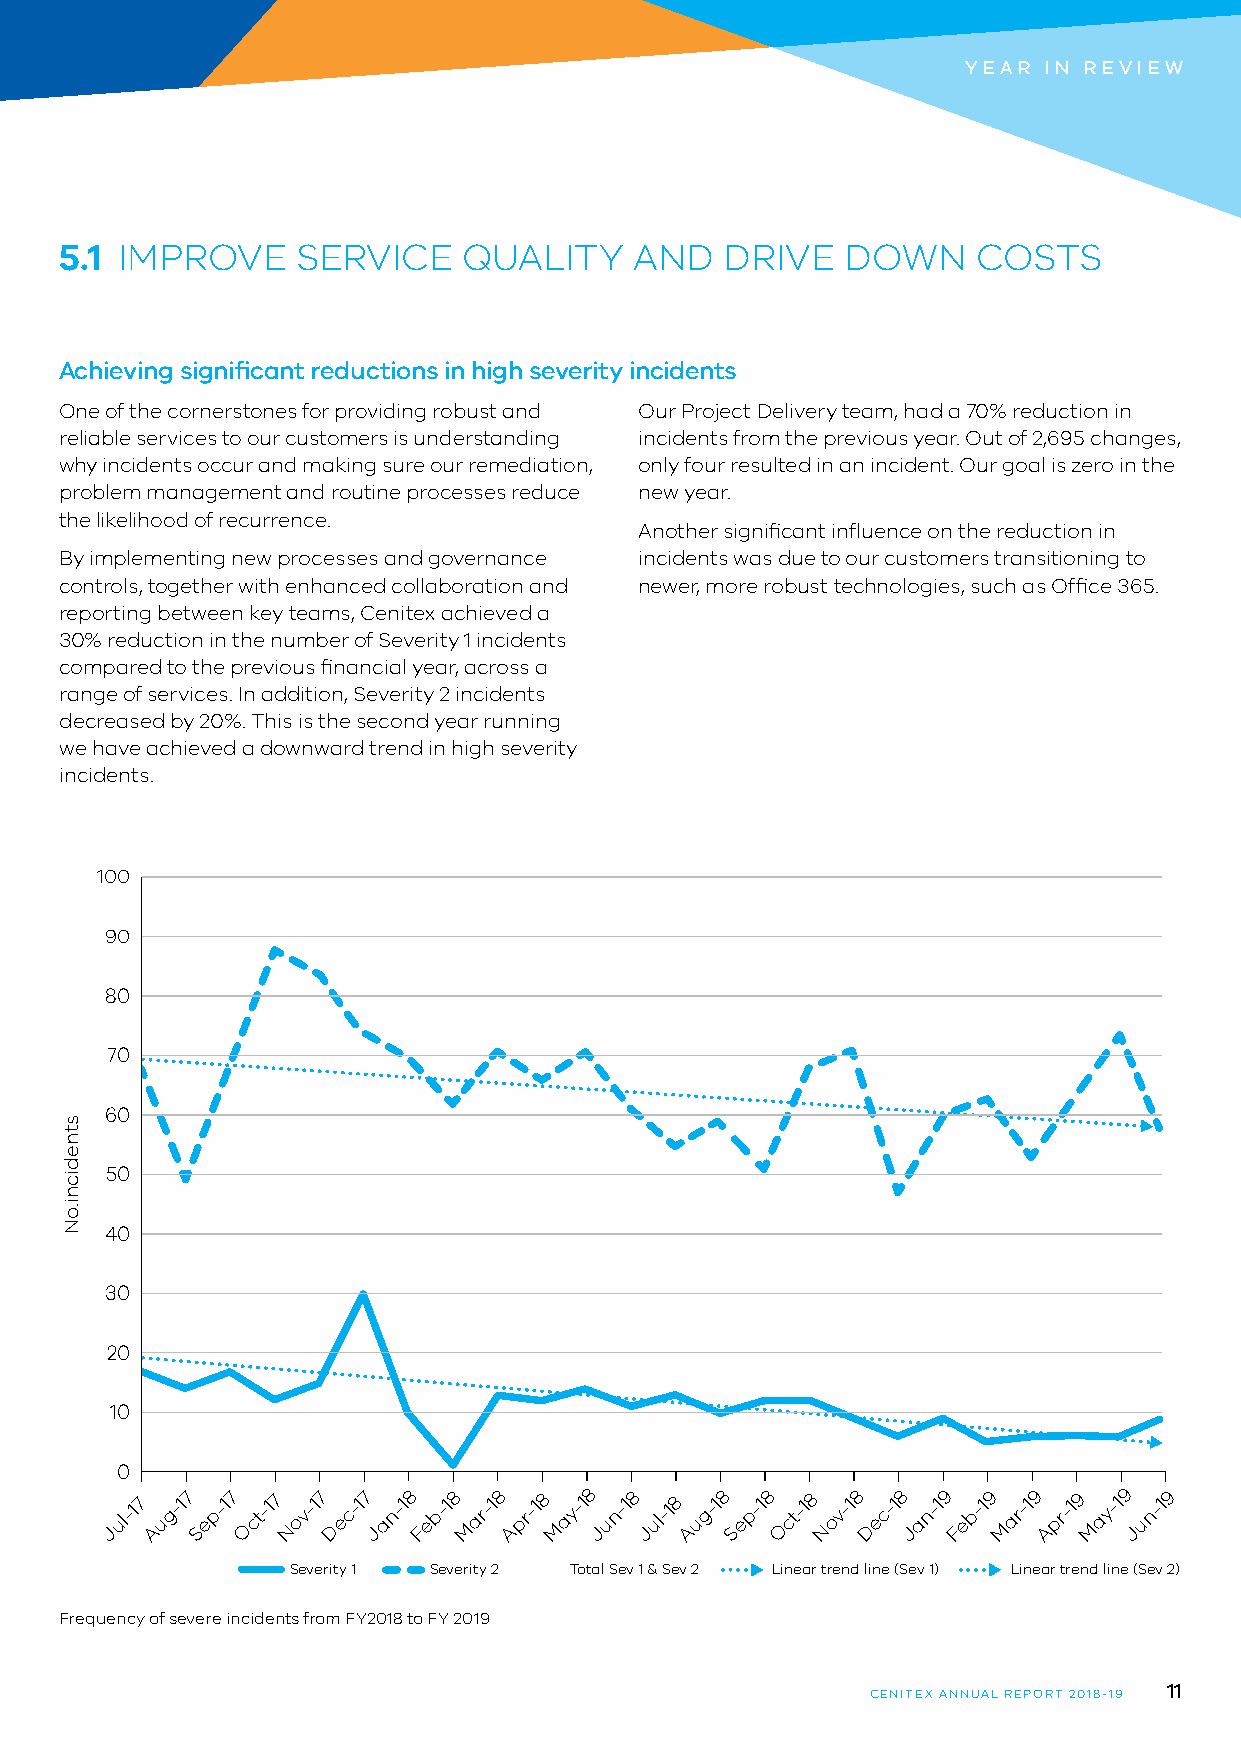
YEAR IN REVIEW
 5.1 IMPROVE     SERVICE    QUALITY    AND   DRIVE   DOWN     COSTS
 Achieving significant reductions in high severity incidents
 One of the cornerstones for providing robust and Our Project Delivery team, had a 70% reduction in
 reliable services to our customers is understanding incidents from the previous year. Out of 2,695 changes,
 why incidents occur and making sure our remediation, only four resulted in an incident. Our goal is zero in the
 problem management and routine processes reduce new year.
 the likelihood of recurrence.
 Another significant influence on the reduction in
 By implementing new processes and governance incidents was due to our customers transitioning to
 controls, together with enhanced collaboration and newer, more robust technologies, such as Office 365.
 reporting between key teams, Cenitex achieved a
 30% reduction in the number of Severity 1 incidents
 compared to the previous financial year, across a
 range of services. In addition, Severity 2 incidents
 decreased by 20%. This is the second year running
 we have achieved a downward trend in high severity
 incidents.
 100
 90
 80
 70
 60
 50
 40
 30
 20
 10
 0
 Jul-17 Aug-17 Sep-17 Oct-17 Nov-17 Dec-17 Jan-18 Feb-18
 M
 ar-18 Apr-18
 M
 ay-18 Jun-18 Jul-18 Aug-18 Sep-18 Oct-18 Nov-18 Dec-18 Jan-19 Feb-19
 M
 ar-19 Apr-19
 M
 ay-19 Jun-19
 Severity 1 Severity 2 Total Sev 1 & Sev 2 Linear trend line (Sev 1) Linear trend line (Sev 2)
 Frequency of severe incidents from FY2018 to FY 2019
 11
 CENITEX ANNUAL REPORT 2018-19
 stnedicni.oN